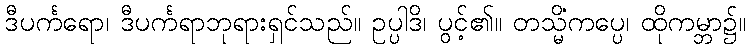
ဒီပင်္ကရော၊ ဒီပင်္ကရာဘုရားရှင်သည်။ ဥပ္ပါဒိ၊ ပွင့်၏။ တသ္မိံကပ္ပေ၊ ထိုကမ္ဘာ၌။